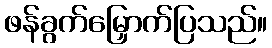
ဖန်ခွက်မြှောက်ပြသည်။